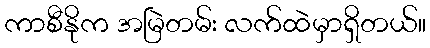
ကာစီနိုက အမြဲတမ်း လက်ထဲမှာရှိတယ်။